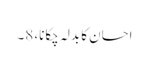
احسان کا بدلہ چکانا، 8۔